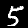
Label: 5